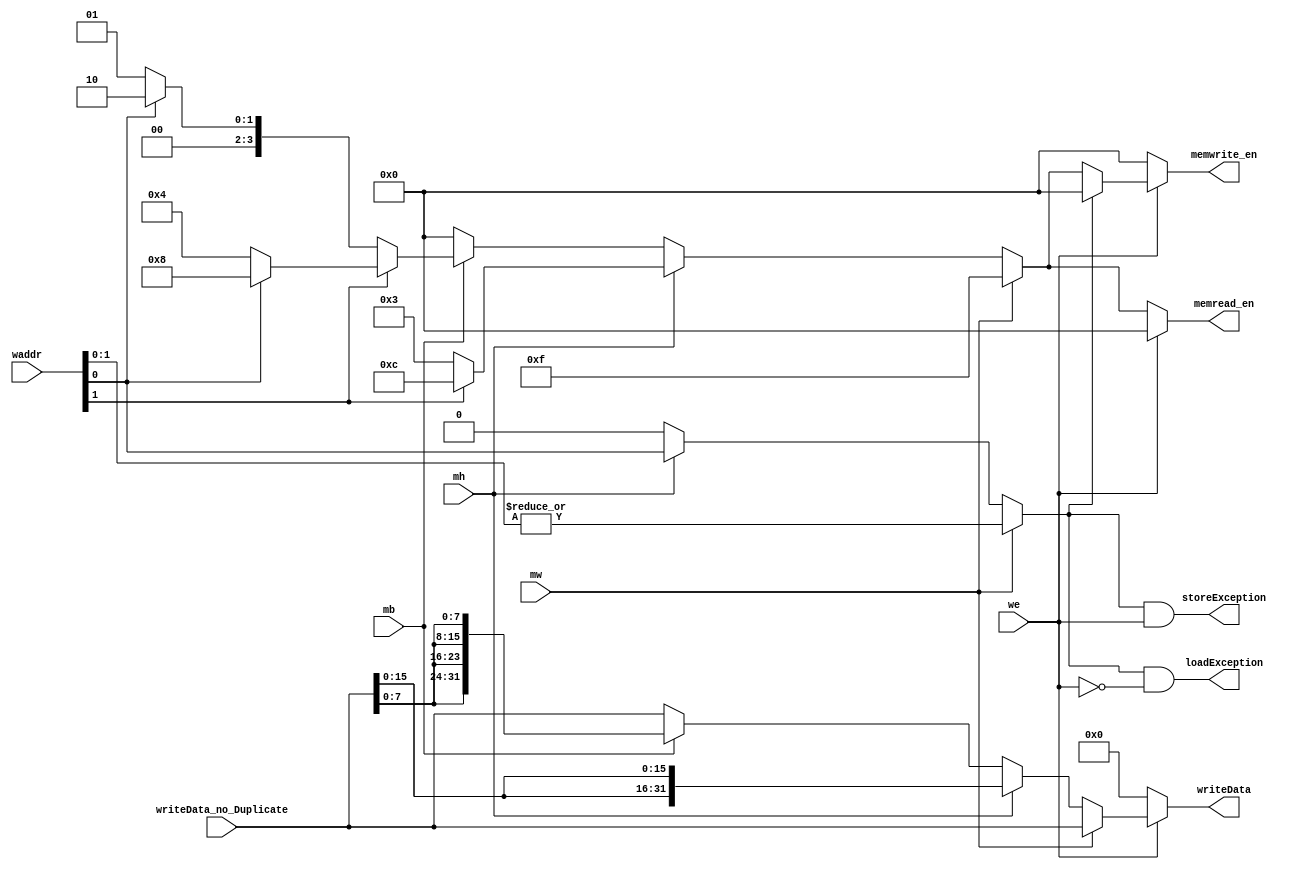
module memdec(      // ExMemEx
    input   [31: 0] waddr,        
    input           we,           // 10
    input           mb, mh, mw,       // bytehalf wordword         
    input   [31: 0] writeData_no_Duplicate,   // M
    output  [3:0]   memwrite_en,  // 
    output  [3:0]   memread_en,   // 
    output  [31:0]  writeData,     // 
    output          loadException,   // 
    output          storeException   // 
);
// MEMMEMcontrol

    wire       addrException;
    wire [1:0] chipSel;
    wire [3:0] byteen, halfen;    // 4
    assign chipSel = waddr[1: 0];
    assign byteen = chipSel[1] ? chipSel[0] ? 4'b1000 :
                                              4'b0100 :
                                 chipSel[0] ? 4'b0010 :
                                              4'b0001 ;
    assign halfen = chipSel[1] ? 4'b1100 : 4'b0011;
    assign memread_en = we ? 4'b0000 :                   // 
                        mw ? 4'b1111:                  // 
                        mh ? halfen:                  // 
                        mb ? byteen: 4'b0000;                         // 
    assign memwrite_en = ~we ? 4'b0000:              // 
                        addrException ? 4'b0000 :   //          
                        mw ? 4'b1111:                  //      
                        mh ? halfen :                   //     
                        mb ? byteen : 4'b0000;      
    assign writeData = we ? mw ? writeData_no_Duplicate :
                            mh ? {2{writeData_no_Duplicate[15: 0]}} :
                            mb ? {4{writeData_no_Duplicate[7:0]}} :
                                 writeData_no_Duplicate : 32'b0;     // 0
    assign addrException =  mw ? (|chipSel) : mh ? chipSel[0] : 1'b0; 
    assign loadException =  addrException & ~we;
    assign storeException =  addrException & we;
endmodule